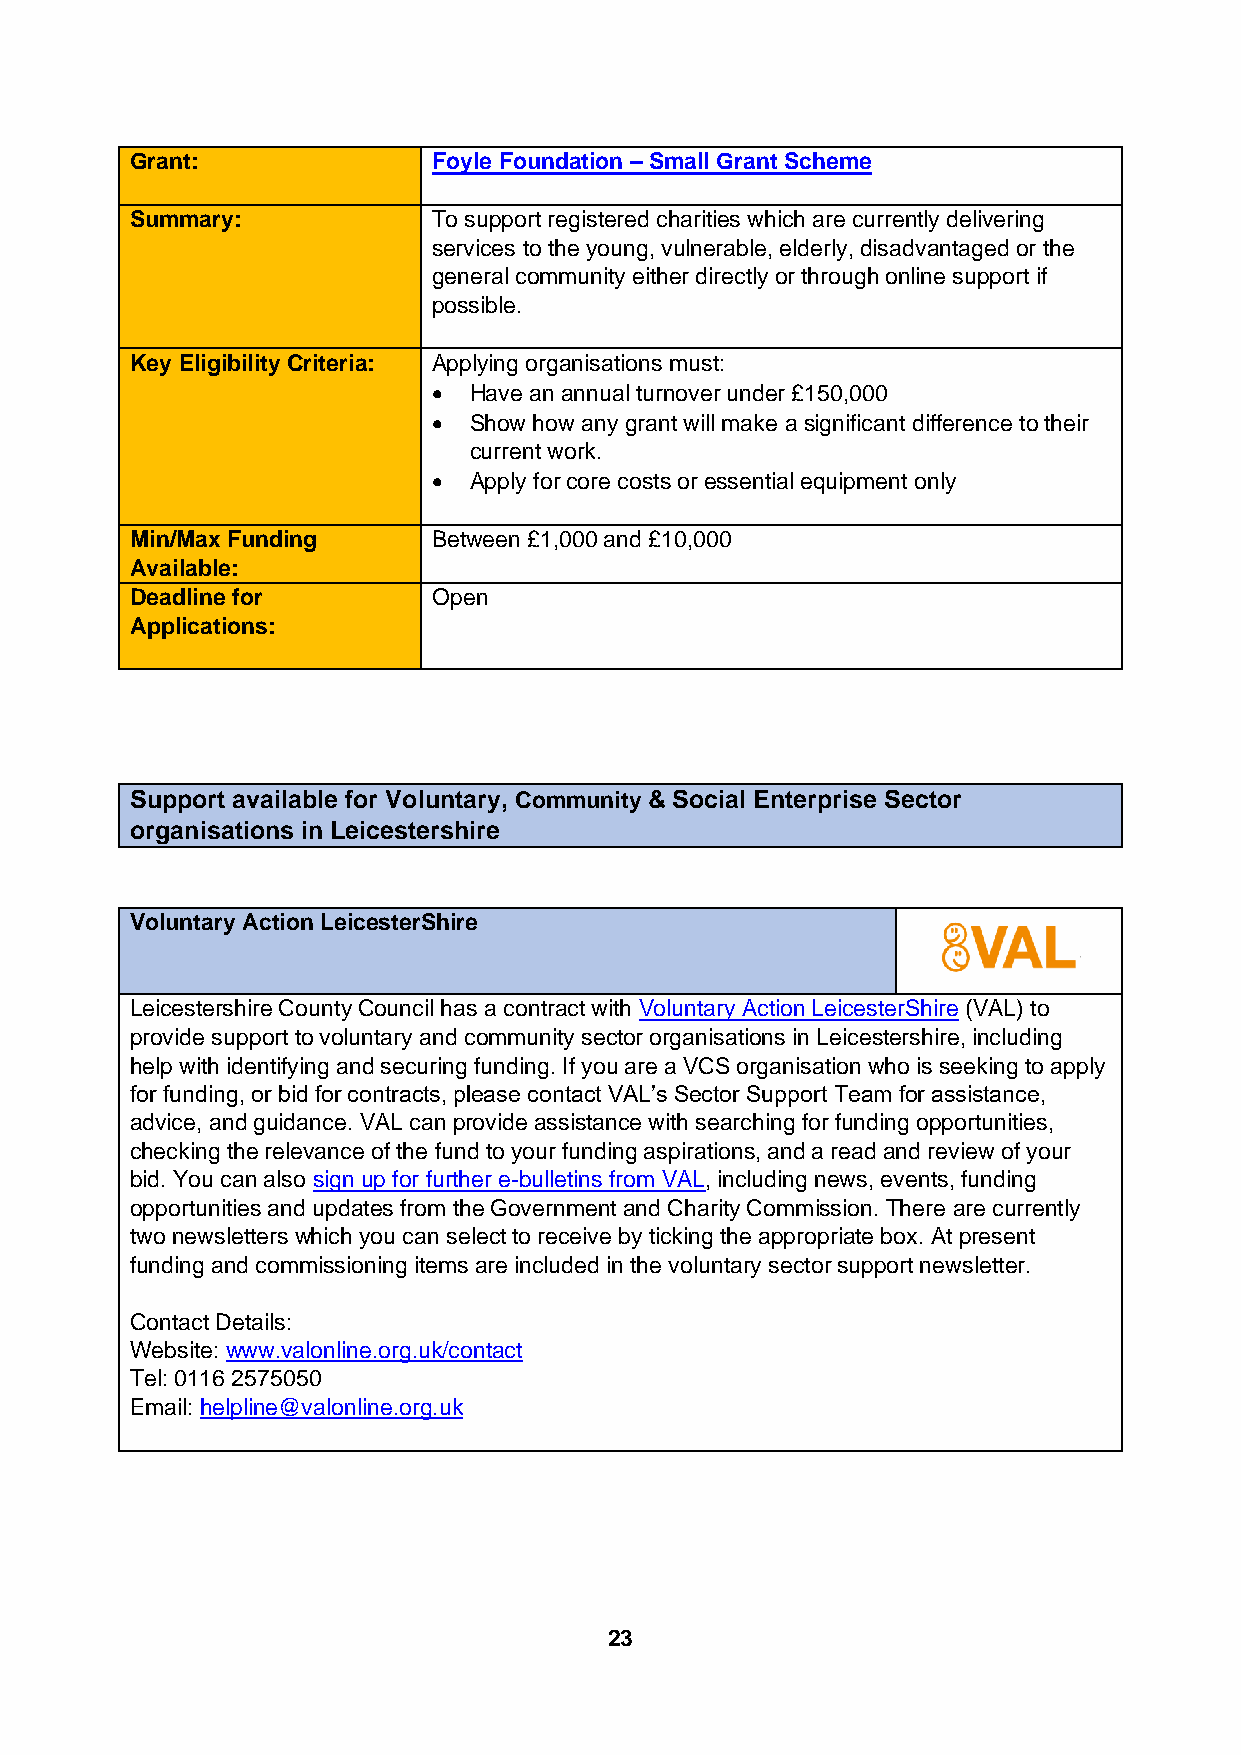
Grant:              Foyle Foundation – Small Grant Scheme
 Summary:            To support registered charities which are currently delivering
 services to the young, vulnerable, elderly, disadvantaged or the
 general community either directly or through online support if
 possible.
 Key Eligibility Criteria: Applying organisations must:
 • Have an annual turnover under £150,000
 • Show how any grant will make a significant difference to their
 current work.
 • Apply for core costs or essential equipment only
 Min/Max Funding     Between £1,000 and £10,000
 Available:
 Deadline for        Open
 Applications:
 Support available for Voluntary, Community & Social Enterprise Sector
 organisations in Leicestershire
 Voluntary Action LeicesterShire
 Leicestershire County Council has a contract with Voluntary Action LeicesterShire (VAL) to
 provide support to voluntary and community sector organisations in Leicestershire, including
 help with identifying and securing funding. If you are a VCS organisation who is seeking to apply
 for funding, or bid for contracts, please contact VAL’s Sector Support Team for assistance,
 advice, and guidance. VAL can provide assistance with searching for funding opportunities,
 checking the relevance of the fund to your funding aspirations, and a read and review of your
 bid. You can also sign up for further e-bulletins from VAL, including news, events, funding
 opportunities and updates from the Government and Charity Commission. There are currently
 two newsletters which you can select to receive by ticking the appropriate box. At present
 funding and commissioning items are included in the voluntary sector support newsletter.
 Contact Details:
 Website: www.valonline.org.uk/contact
 Tel: 0116 2575050
 Email: helpline@valonline.org.uk
 23